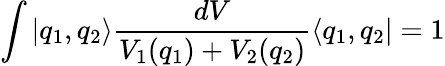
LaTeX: \int|q_{1},q_{2}\rangle\frac{dV}{V_{1}(q_{1})+V_{2}(q_{2})}\langle q_{1},q_{2}|=1